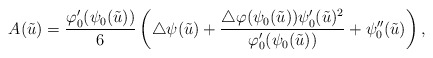
\begin{align*} A(\tilde{u}) = \frac{\varphi_{0}'(\psi_{0}(\tilde{u}))}{6}\left( \bigtriangleup\psi(\tilde{u}) + \frac{\bigtriangleup\varphi(\psi_{0}(\tilde{u}))\psi_{0}'(\tilde{u})^{2}} {\varphi_{0}'(\psi_{0}(\tilde{u}))} + \psi_{0}''(\tilde{u})\right), \end{align*}